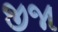
જીજા